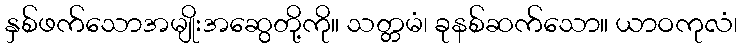
နှစ်ဖက်သောအမျိုးအဆွေတို့ကို။ သတ္တမံ၊ ခုနစ်ဆက်သော။ ယာဝကုလံ၊